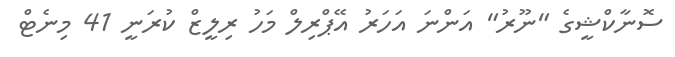
ސޮނާކްޝީގެ "ނޫރު" އަންނަ އަހަރު އޭޕްރިލް މަހު ރިލީޒް ކުރަނީ 41 މިނެޓް